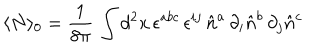
\langle N \rangle _ { 0 } = \frac { 1 } { 8 \pi } \, \int d ^ { 2 } x \, \epsilon ^ { a b c } \, \epsilon ^ { i j } \, \hat { n } ^ { a } \, \partial _ { i } \hat { n } ^ { b } \, \partial _ { j } \hat { n } ^ { c }